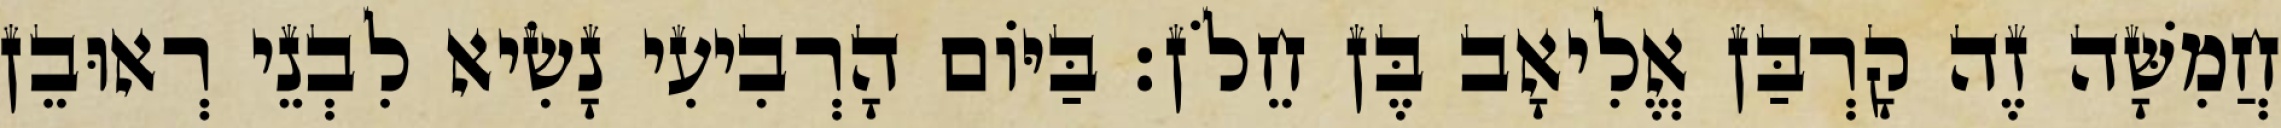
חֲמִשָּׁה זֶה קָרְבַּן אֱלִיאָב בֶּן חֵלֹן׃ בַּיּוֹם הָרְבִיעִי נָשִׂיא לִבְנֵי רְאוּבֵן